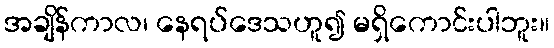
အချိန်ကာလ၊ နေရပ်ဒေသဟူ၍ မရှိကောင်းပါဘူး။